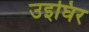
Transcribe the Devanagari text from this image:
उइघिर